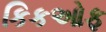
કિકઓફ